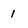
Character: 1